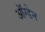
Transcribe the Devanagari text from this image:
ऑग्डेन